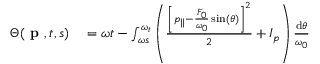
\begin{array} { r l } { \Theta ( \textbf { p } , t , s ) } & { { } = \omega t - \int _ { \omega s } ^ { \omega _ { t } } \left( \frac { \left[ p _ { \| } - \frac { F _ { 0 } } { \omega _ { 0 } } \sin ( \theta ) \right] ^ { 2 } } { 2 } + I _ { p } \right) \frac { \mathrm { d } \theta } { \omega _ { 0 } } } \end{array}